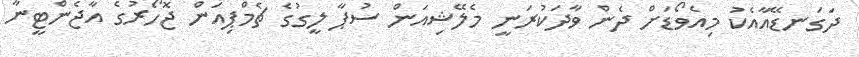
ދަގަނޑޭއާއެކު މިއެވޯޑަށް ދެން ވާދަކުރަނީ މެލޭޝިއަން ސުޕާ ލީގުގެ ޗެމްޕިއަން ޖޮހޯރުގެ އާޖެންޓީނާ